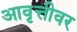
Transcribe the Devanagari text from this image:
आवृत्तीवर